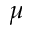
\mu